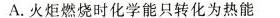
A.火炬燃烧时化学能只转化为热能